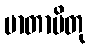
မာတာပိတု